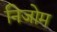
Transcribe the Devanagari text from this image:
निजोम